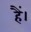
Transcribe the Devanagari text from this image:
हैं।